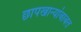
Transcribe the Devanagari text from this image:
छापखान्यांबाबत